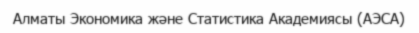
Алматы Экономика және Статистика Академиясы (АЭСА)